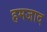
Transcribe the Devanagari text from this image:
हमजाद